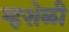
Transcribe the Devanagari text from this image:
म्हशेळी